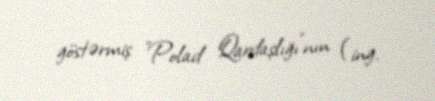
göstərmiş "Polad Qardaşlığı"nın (ing.